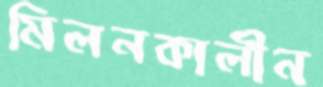
মিলনকালীন